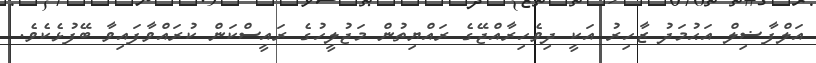
އަލްފާޟިލް އަޙުމަދު ޒާހިރު އަކީ ދިވެހިރާއްޖޭގެ ރައްޔިތުން މަޖުލީހުގެ ރައީސްކަން ކުރައްވާފައިވާ ބޭފުޅެކެވެ.